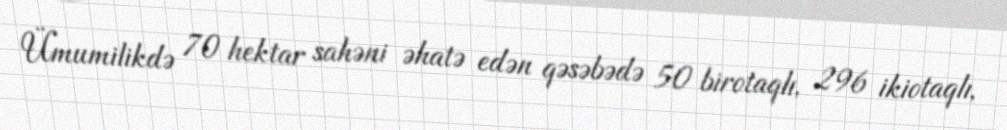
Ümumilikdə 70 hektar sahəni əhatə edən qəsəbədə 50 birotaqlı, 296 ikiotaqlı,